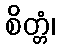
စိတ္တံ၊